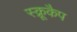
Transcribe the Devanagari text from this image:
स्क्रूकैप